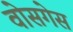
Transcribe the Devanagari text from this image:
वोसगेस